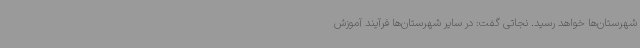
شهرستان‌ها خواهد رسید. نجاتی گفت: در سایر شهرستان‌ها فرآیند آموزش